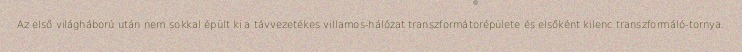
Az első világháború után nem sokkal épült ki a távvezetékes villamos-hálózat transzformátorépülete és elsőként kilenc transzformáló-tornya.